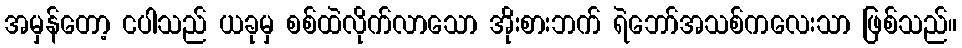
အမှန်တော့ ငပါသည် ယခုမှ စစ်ထဲလိုက်လာသော အိုးစားဘက် ရဲဘော်အသစ်ကလေးသာ ဖြစ်သည်။